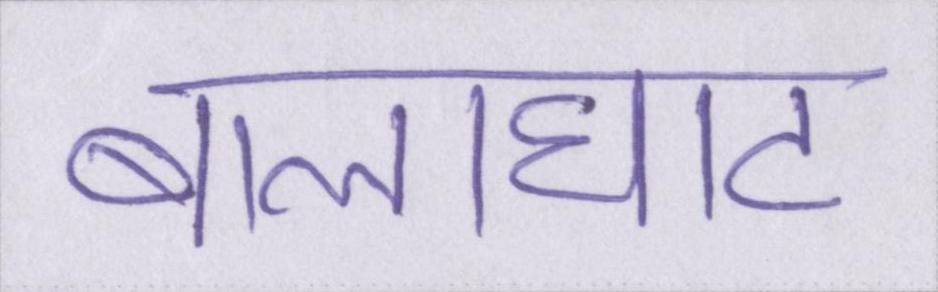
बालाघाट